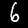
Digit: 6